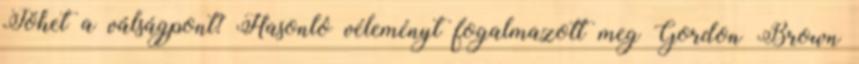
Jöhet a válságpont? Hasonló véleményt fogalmazott meg Gordon Brown